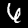
Digit: 6